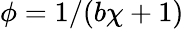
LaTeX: \phi=1/(b\chi+1)